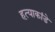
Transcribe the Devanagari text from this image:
हत्याकांडे